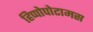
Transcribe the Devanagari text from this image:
हिप्पोपोटामस